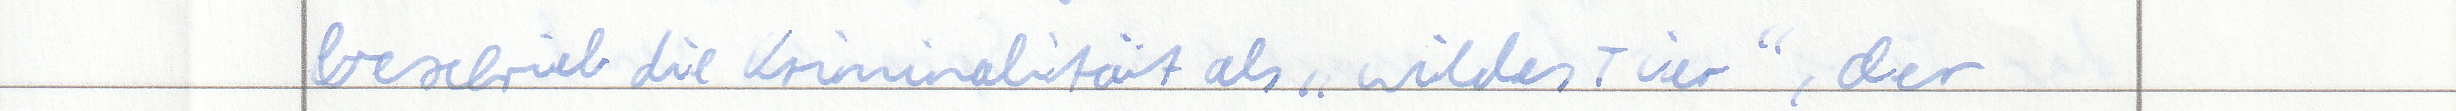
beschrieb die Kriminalität als "wildes Tier", der